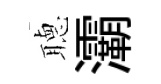
𦗟灞